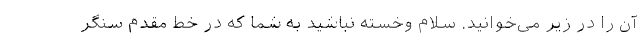
آن را در زیر می‌خوانید. سلام وخسته نباشید به شما که در خط مقدم سنگر